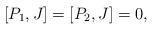
LaTeX: \begin{align*}[P_1, J] = [P_2, J] = 0,\end{align*}